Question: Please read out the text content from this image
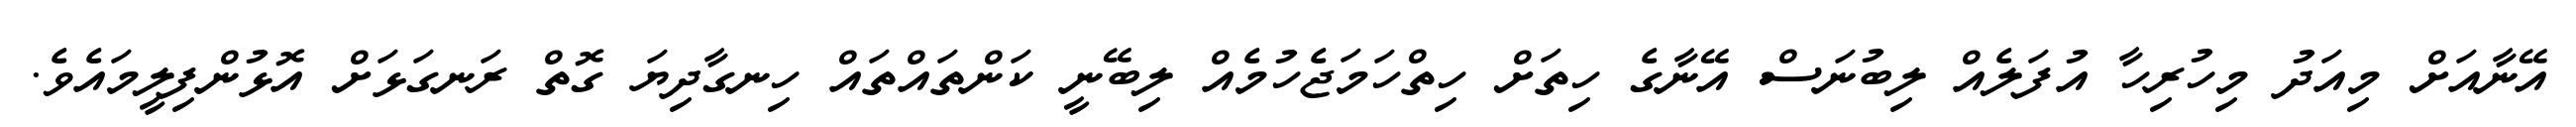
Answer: އޭނާއަށް މިއަދު މިހުރިހާ އުފަލެއް ލިބުނަސް އޭނާގެ ހިތަށް ހިތްހަމަޖެހުމެއް ލިބޭނީ ކަންތައްތައް ހިނގާދިޔަ ގޮތް ރަނގަޅަށް އޮޅުންފިލީމައެވެ.